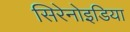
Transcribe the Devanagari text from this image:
सिरेनोइडिया